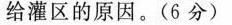
给灌区的原因。(6分)